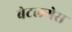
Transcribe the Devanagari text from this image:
बेटलगेस